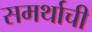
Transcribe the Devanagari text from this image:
समर्थाची